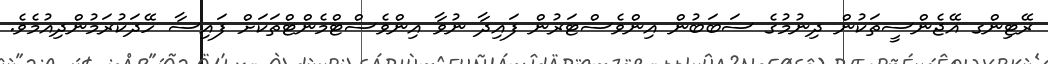
ރޭޓިންގ އޭޖެންސީތަކުން ދިނުމުގެ ސަބަބުން އިންވެސްޓަރުން ފައިދާ ނުވާ އިންވެސްޓްމެންޓްތަކަށް ފައިސާ ހޭދަކުރަމުންދިއުމެވެ.